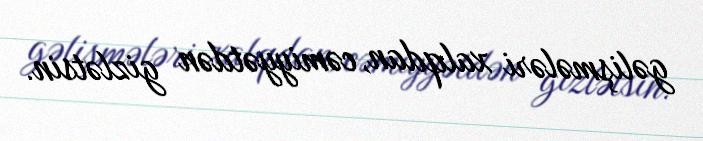
gəlişmələri xalqdan, cəmiyyətdən gizlətsin.